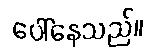
ပေါ်နေသည်။